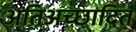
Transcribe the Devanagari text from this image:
अतिअच्छादित